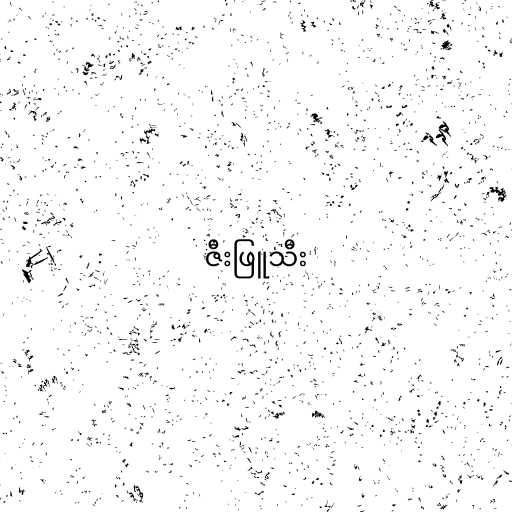
ဇီးဖြူသီး